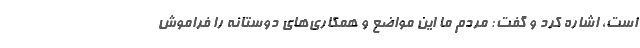
است، اشاره کرد و گفت: مردم ما این مواضع و همکاری‌های دوستانه را فراموش